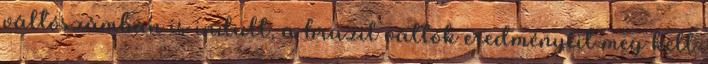
váltószámban is indult, a brazil váltók eredményeit meg kell